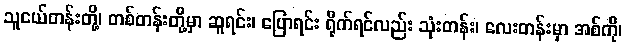
သူငယ်တန်းတို့၊ တစ်တန်းတို့မှာ ဆူရင်း၊ ပြောရင်း ရိုက်ရင်လည်း သုံးတန်း၊ လေးတန်းမှာ အစ်ကို၊